system: You are a helpful assistant.
user:
Analyze the provided spectrum to determine if it is a **Carbon Star (C-type)**.

- **Key Visual Indicators of Carbon Star:**
    - **(Primary):** Strong molecular absorption from **C₂ (diatomic carbon) "Swan Bands."** This is the **defining feature** of a carbon star.
        - **(Key Bandheads):** Sharp absorption edges are visible at approximately $5635$ Å, $5165$ Å (the strongest band), and $4737$ Å.
        - **(Line Profile):** Creates a distinct **"saw-tooth"** pattern. The key morphology is a sharp, steep bandhead on the **red (long-wavelength) side**, which then gradually tapers off (i.e., flux recovers) towards the **blue (short-wavelength) side**. *(This is the direct opposite of the TiO bands seen in M-type stars)*.

    - **(Secondary):** Intense **CN (cyanogen)** molecular absorption bands.
        - **(Key Bandheads):** Located in the blue and violet regions of the spectrum (e.g., near $4215$ Å and $3883$ Å).
        - **(Morphology):** These bands are extremely broad and act as a "blanket," absorbing the vast majority of blue and violet light. This creates a characteristic **"cliff"** or **"steep drop-off"** in the spectrum's flux at short wavelengths.

    - **(Key Confirmation):** Strong **CH absorption band (G-band)**.
        - **(Key Bandhead):** Located around $4300$ Å. The contribution from CH molecules to this band is exceptionally strong.

    - **(Overall Spectrum):**
        - The continuum is severely "chopped up" by these deep molecular bands, especially C₂, rather than appearing as a smooth curve.
        - Due to the heavy CN and C₂ absorption in the blue-green, the vast majority of the star's flux is concentrated in the red part of the spectrum, giving the star its characteristic deep red color.

Think first, call **spectral_visualization_tool** if needed to examine features in detail, then provide your final answer. Your response must adhere to the following strict rules:
1.  **Overall Structure:** Your response must follow the format `<think>...</think> <tool_call>...</tool_call> (if a tool is used) <answer>...</answer>`.
2.  **Tool Usage Constraint:** You may only make **one** tool call per turn.
3.  **Final Answer Format:** In the `<answer>` tag, your conclusion must be inside a `\boxed{}` command (e.g., `\boxed{YES}`), followed by your justification.

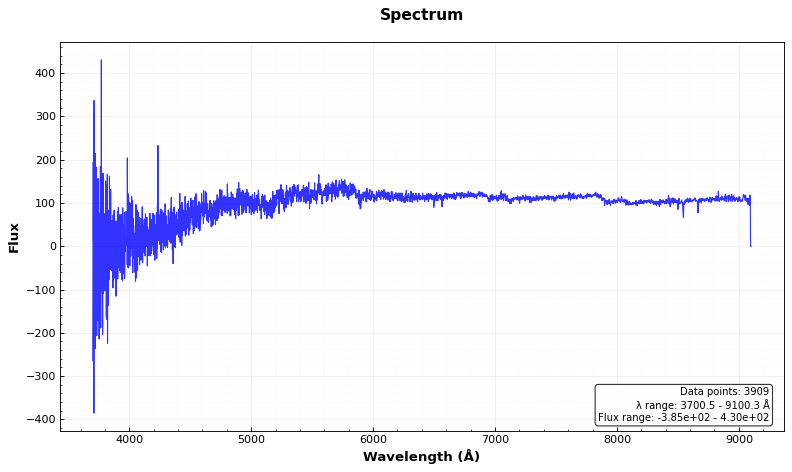
Answer: YES